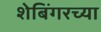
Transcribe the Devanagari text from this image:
शेबिंगरच्या